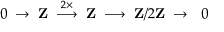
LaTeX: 0 \; \to \; \mathbf { Z } \; \; { \overset { 2 \times } { \longrightarrow } } \; \; \mathbf { Z } \; \longrightarrow \; \mathbf { Z } / 2 \mathbf { Z } \; \to \; \ 0